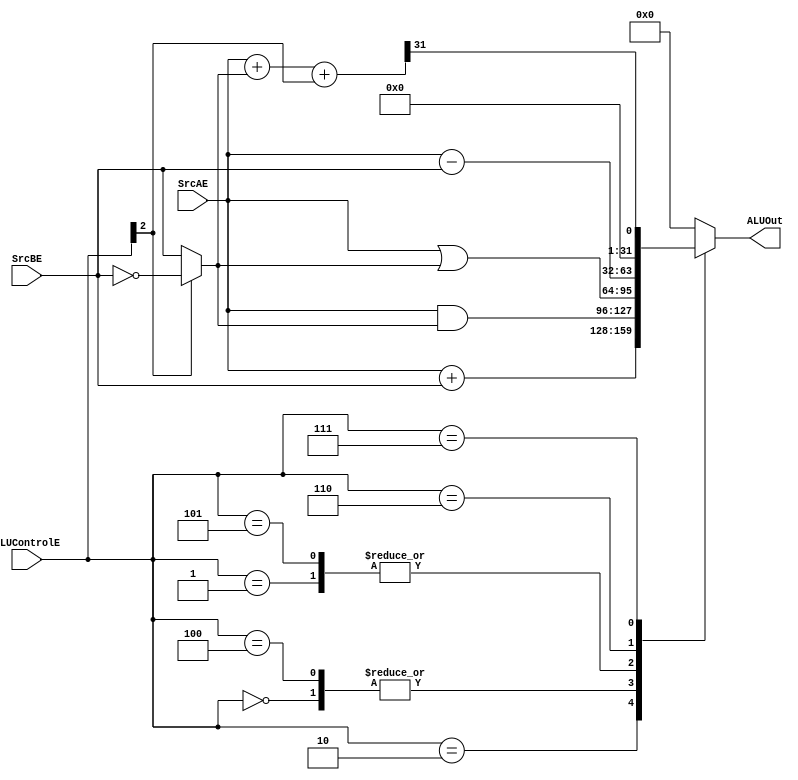
module ALU(
	input  [31:0] SrcAE,
    input  [31:0] SrcBE, 
    output  reg [31:0] ALUOut, 
	input  [2:0] ALUControlE );

wire [31:0] BSigned, Sum;
assign BSigned = ALUControlE[2]? ~SrcBE:SrcBE;
assign Sum = SrcAE + BSigned + ALUControlE[2];

always@(*) begin
case (ALUControlE)
	3'b000: ALUOut <= SrcAE & BSigned;
	3'b001: ALUOut <= SrcAE | BSigned;
	3'b010: ALUOut <= SrcAE + SrcBE;
	3'b100: ALUOut <= SrcAE & BSigned;
	3'b101: ALUOut <= SrcAE | BSigned;
	3'b110: ALUOut <= SrcAE - SrcBE;
	3'b111: ALUOut <= Sum[31]; //SLT
	default : ALUOut <= 'b0;
endcase

end


endmodule